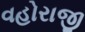
વહોરાજી